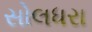
સોલધરા